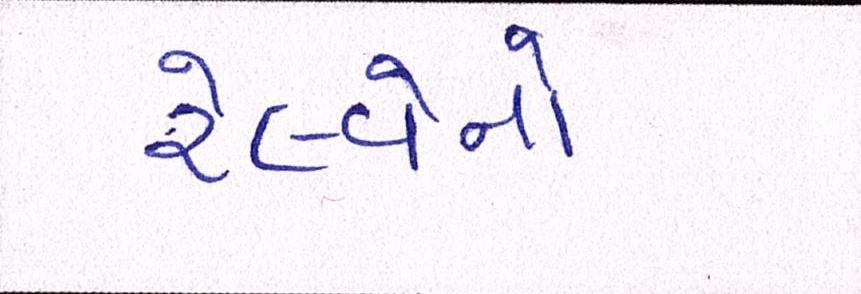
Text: રેલવેનો